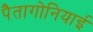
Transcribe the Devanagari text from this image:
पैतागोनियाई